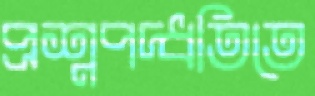
প্রশ্নপদ্ধতিতে